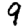
Digit: 9